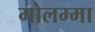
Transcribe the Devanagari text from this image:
मोलम्मा